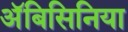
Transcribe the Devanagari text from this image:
अॅबिसिनिया